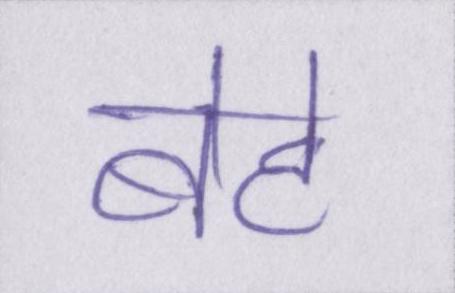
बेटे